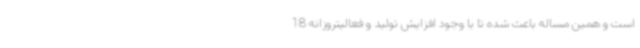
است و همین مساله باعث شده تا با وجود افزایش تولید و فعالیتروزانه 18